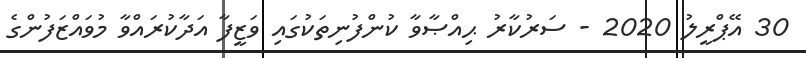
30 އޭޕްރީލު 2020 - ސަރުކާރު ޙިއްޞާވާ ކުންފުނިތަކުގައި ވަޒީފާ އަދާކުރައްވާ މުވައްޒަފުންގެ